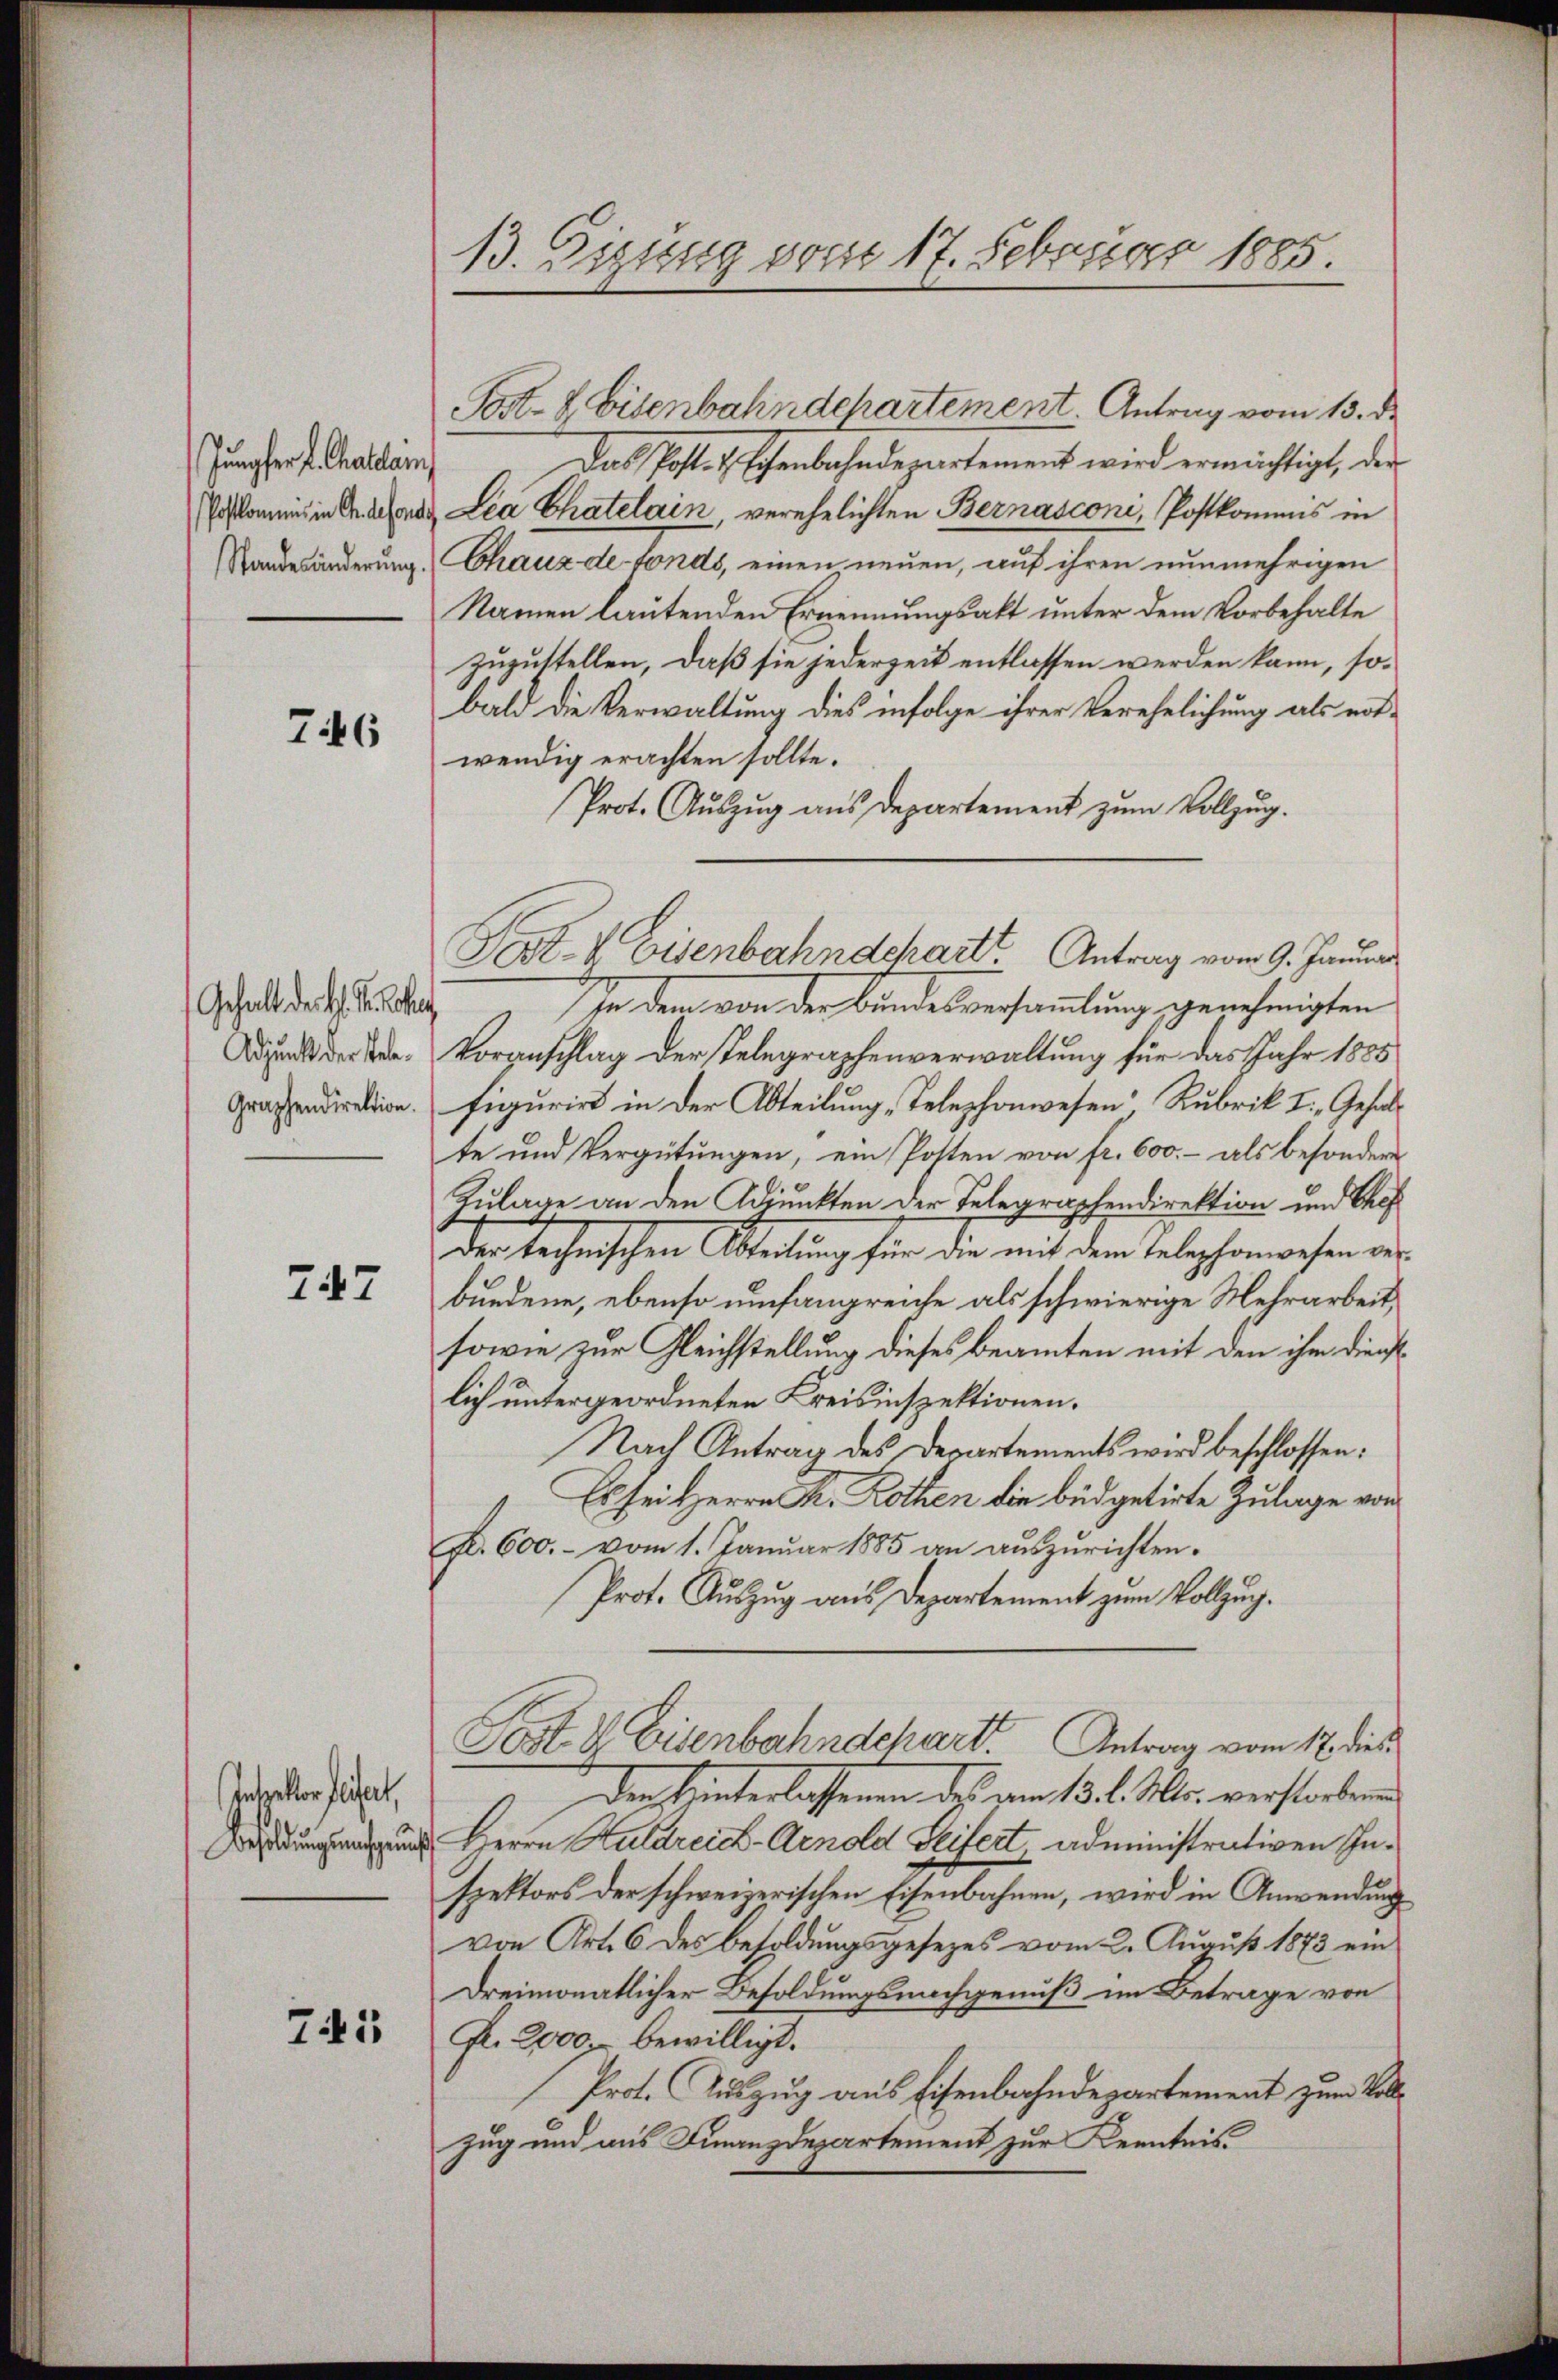
Jungfer fl. Calam

76

Gehalt der K. K.

747

Intretter seitet,

741

13. Sizung vom 17. Februar 1885.

Post- & Eisenbahndepartement. Antrag vom 13. d.
Das Post. Eschenbahndepartement wird ermächtigt, der
Erstamens in der Lea Chatelain, verehelichten Bernasconi, Postkommis in
Standesänderung Chaux de Fonds, einen neuen, auf ihren nunmehrigen
Namen lautenden Ernennungsakt unter dem Vorbehalte
zuzustellen, daß sie jederzeit entlassen werden kann, sobald die Verwaltung dies infolge ihrer Verehelichung als not-
wendig erachten sollte.
Prot. Auszug aus Departement zum Vollzug.
In dem von der Bundesversammlung genehmigten
An der der Voranschlag der Telegraphenverwaltung für das Jahr 1885
graphendirektion. Figurirt in der Abteilung „Telephonwesen“ Rubrik I. Gehalte und Vergütungen, ein Posten von fr. 600.- als besondern
Zulage an den Adjunkten der Telegraphendirektion und Chef
der technischen Abteilung für die mit dem Telephonwesen der
bundene, ebenso umfangreiche als schwierige Mehrarbeit,
sowie zur Gleichstellung dieses Beamten mit den ihm dienstlich untergeordneten Kreisinspektionen.
Nach Antrag des Departements wird beschlossen:
Es sei Herrn Fr. Rothen die büdgetirte Zulage von
Fr. 600.- vom 1. Januar 1885 an auszurichten:
Prot. Auszug aus Departement zum Vollzug.
Sost. V. Eisenbahndchart. Antrag vom 17. dies
Den Hinterlassenen des am 13. l. Mts. verstorbene
 Herrn Huldreich Arnold Seitert administrativen Inspektors der schweizerischen Eisenbahnen, wird in Anwendung
von Art. 6 des Besoldungsgesezes vom 2. August 1873 ein
dreimonatlicher Besoldungsnachgenuß im Betrage von
Fr. 2000 bewilligt.
Prot. Auszug aus Eisenbahndepartement zum Vollzug und aus Finanzdepartement zur Kenntnis

Sost- & Eisenbahndchartt Antrag vom 9. Januar